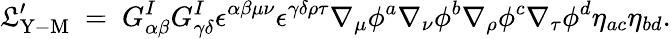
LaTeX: {\cal\mathfrak{L}}_{\mathrm{{Y-M}}}^{\prime}~=~G_{\alpha\beta}^{I}G_{\gamma\delta}^{I}\epsilon^{\alpha\beta\mu\nu}\epsilon^{\gamma\delta\rho\tau}\nabla_{\mu}\phi^{a}\nabla_{\nu}\phi^{b}\nabla_{\rho}\phi^{c}\nabla_{\tau}\phi^{d}\eta_{ac}\eta_{bd}.